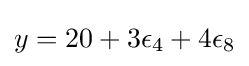
y=20+3\epsilon _{4}+4\epsilon _{8}